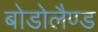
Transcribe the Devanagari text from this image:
बोडोलैण्ड